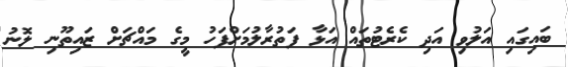
ބައިގައި އަލުވި އަދި ކެރެޓުތައް އަޅާ ފަތުރާލުމަށްފަހު މީގެ މައްޗަށް ޒައިތޫނި ލޮނު